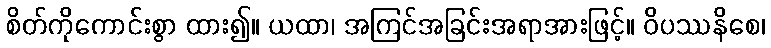
စိတ်ကိုကောင်းစွာ ထား၍။ ယထာ၊ အကြင်အခြင်းအရာအားဖြင့်။ ဝိပဿနိစေ၊